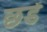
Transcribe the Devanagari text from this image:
छडें